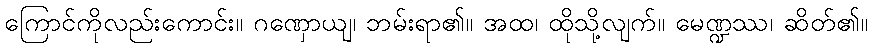
ကြောင်ကိုလည်းကောင်း။ ဂဏှောယျ၊ ဘမ်းရာ၏။ အထ၊ ထိုသို့လျက်။ မေဏ္ဍဿ၊ ဆိတ်၏။